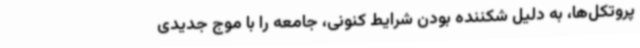
پروتکل‌ها، به دلیل شکننده بودن شرایط کنونی، جامعه را با موج جدیدی